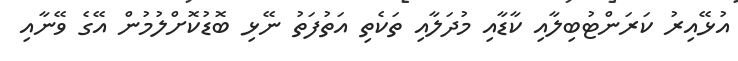
އުޅޭއިރު ކަރަންޓުބިލާއިި ކާޑާއި މުދަލާއި ތަކެތި އަތުފަތު ނޭޅި ބޮޑުކޮށްލުމުން އޭގެ ވޭނާއި